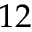
1 2